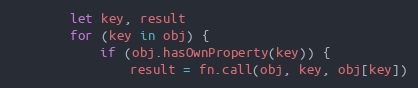
Language: JavaScript
        let key, result
        for (key in obj) {
            if (obj.hasOwnProperty(key)) {
                result = fn.call(obj, key, obj[key])